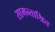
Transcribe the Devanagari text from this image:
सामन्ताश्रित